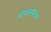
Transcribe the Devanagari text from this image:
शिंगांसारख्या